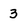
Character: 3